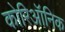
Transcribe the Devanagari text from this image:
कोरिऑनिक